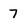
Character: 7